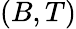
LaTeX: (B,T)